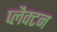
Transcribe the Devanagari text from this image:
प्लैक्टन